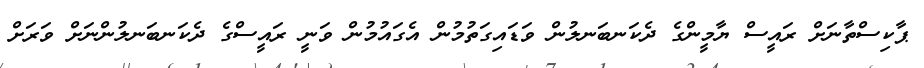
ޕާކިސްތާނަށް ރައީސް ޔާމީންގެ ދެކަނބަނލުން ވަޑައިގަތުމުން އެގައުމުން ވަނީ ރައީސްގެ ދެކަނބަނލުންނަށް ވަރަށް